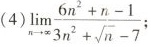
(4) $$\lim _ { n \rightarrow \infty } \frac { 6 n ^ { 2 } + n - 1 } { 3 n ^ { 2 } + \sqrt { n } - 7 };$$